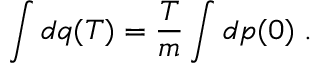
\int d q ( T ) = \frac { T } { m } \int d p ( 0 ) \; .